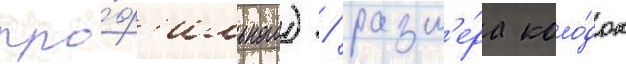
про́ф'ильного) / разм'е́ра коло́док